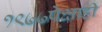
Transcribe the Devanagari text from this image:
१९७७पेक्षाही